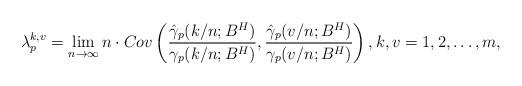
LaTeX: \begin{align*}\lambda_p^{k,v} = \lim_{n\rightarrow \infty} n \cdot Cov \left(\frac{\hat{\gamma}_p(k/n;B^H)}{ \gamma_p(k/n;B^H)},\frac{\hat{\gamma}_p(v/n;B^H)}{ \gamma_p(v/n;B^H)} \right), k,v = 1, 2, \ldots, m,\end{align*}